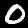
Label: 0